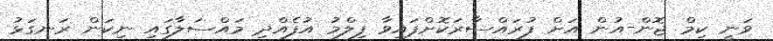
ވަނީ ކިމް ޖޮން-އުން އަށް ފުރައްސާރަކޮށްފައިވާ ފިލްމު އުފެއްދި މައްސަލާގައި ނިކަން ރަނގަޅު